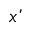
x ’